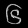
Digit: ၆